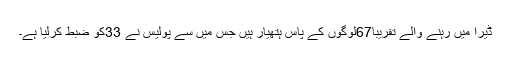
ڈیرا میں رہنے والے تقریبا67لوگوں کے پاس ہتھیار ہیں جس میں سے پولیس نے 33کو ضبط کرلیا ہے۔